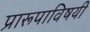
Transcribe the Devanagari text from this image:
प्रारूपाविषयी